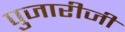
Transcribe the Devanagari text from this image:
पुजारीजी